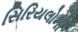
સિરિયલોની